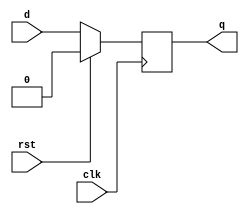
module dff(d, clk, rst,q);
input d,clk, rst;
output reg q;
always @(posedge clk)
    begin
        if(rst)
        q<=0;
        else
        q<=d;

    end

endmodule